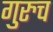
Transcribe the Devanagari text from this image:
गुरुच